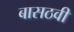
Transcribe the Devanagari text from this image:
बासठवीं